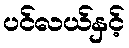
ပင်လယ်နှင့်